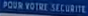
POUR VOTRE SECURITE